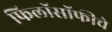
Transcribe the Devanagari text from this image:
फिलॉसॉफीचे